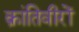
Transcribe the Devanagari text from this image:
क्रांतिवीरों